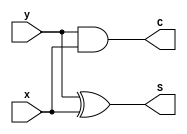
//-----------------------------------------------------------------------------
//
// Title       : 
// Design      : CS302_Fall2022
// Author      : 
// Company     : 
//
//-----------------------------------------------------------------------------
//
// Generated   : Tue Nov 29 11:43:40 2022
// From        : F:\Verilog_Projects\ActHDL_Designs\CS302_Fall2022\CS302_Fall2022\src\Half_Adder.bde
// By          : Bde2Verilog ver. 2.01
//
//-----------------------------------------------------------------------------
//
// Description : 
//
//-----------------------------------------------------------------------------

`ifdef _VCP
`else
`define library(a,b)
`endif


// ---------- Design Unit Header ---------- //
`timescale 1ps / 1ps

module Half_Adder (x,y,S,C) ;

// ------------ Port declarations --------- //
input x;
wire x;
input y;
wire y;
output S;
wire S;
output C;
wire C;

// -------- Component instantiations -------//

assign S = y ^ x;


assign C = y & x;


endmodule